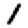
Digit: 1